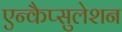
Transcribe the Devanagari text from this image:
एन्कैप्सुलेशन